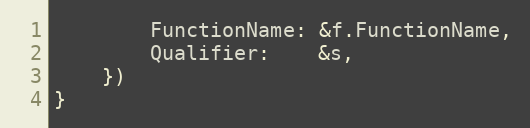
Language: Go
		FunctionName: &f.FunctionName,
		Qualifier:    &s,
	})
}